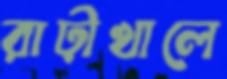
রাঢ়ীখালে